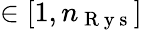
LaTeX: \in[1,n_{\mathrm{~R~y~s~}}]